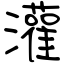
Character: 灌